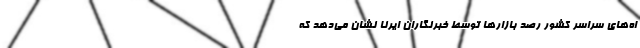
اه‌های سراسر کشور رصد بازارها توسط خبرنگاران ایرنا نشان می‌دهد که